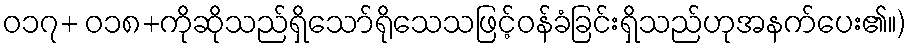
ဝ၁၇+ ဝ၁၈+ကိုဆိုသည်ရှိသော်ရိုသေသဖြင့်ဝန်ခံခြင်းရှိသည်ဟုအနက်ပေး၏။)